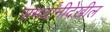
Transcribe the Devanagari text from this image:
समर्थांनीदेखील